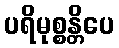
ပရိမုစ္စန္တိပေ